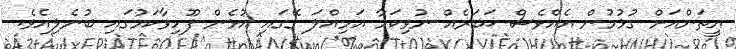
އީތަންއަށް ގުޅުމުން އެއްވެސް ޚަބަރެއް ނުވިކަމާ އަމިއްލަ ގޭގައި އުޅެން ފޫހިވާކަމުގައި ބުނެލިއެވެ.